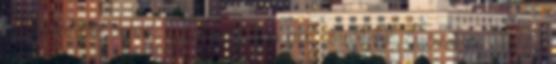
megmondása annak, hogy jelenleg mit csinálnak. Szóval ne should